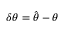
\delta \boldsymbol { \theta } = \widehat { \boldsymbol { \theta } } - \boldsymbol { \theta }